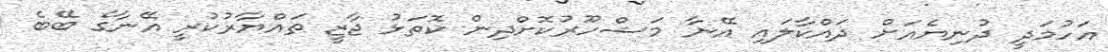
އަހުމަދީ ދުނިޔެއަށް ދައްކާލައި އޭނާ މަޝްހޫރުކޮށްދިން ކޮތަޅު ޖާޒީ ތައްޔާރުކުރީ އޭނާގެ ބޭބެ